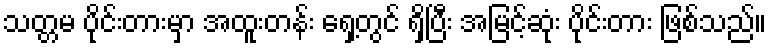
သတ္တမ ပိုင်းတားမှာ အထူးတန်း ရှေ့တွင် ရှိပြီး အမြင့်ဆုံး ပိုင်းတား ဖြစ်သည်။